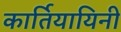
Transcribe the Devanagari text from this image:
कार्तियायिनी